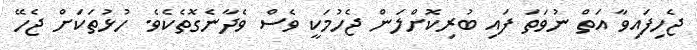
ޖެހިފައިވާ އަތް ނުވަތަ ފައި ބުރިކޮށްލަން ޖެހުމަކީ ވެސް ވެދާނެގޮތެކެވެ. ހުޅުތަކަށް ޖެހޭ